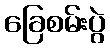
ခြေစမ်းပွဲ